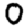
Digit: 0